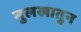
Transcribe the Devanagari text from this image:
मुलखातुन